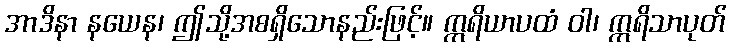
အာဒိနာ နယေန၊ ဤသို့အစရှိသောနည်းဖြင့်။ ဣရိယာပထံ ဝါ၊ ဣရိသာပုတ်